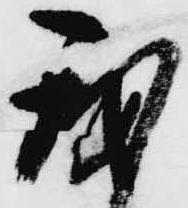
我